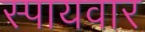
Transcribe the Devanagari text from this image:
स्पायवार